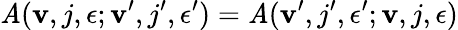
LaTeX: \mathit{A}({\mathbf{v}},j,\epsilon;{\mathbf{v}}^{\prime},j^{\prime},\epsilon^{\prime})=\mathit{A}({\mathbf{v}}^{\prime},j^{\prime},\epsilon^{\prime};{\mathbf{v}},j,\epsilon)